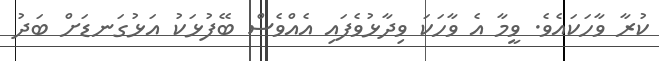
ކުރާ ވާހަކައެވެ. ވީމާ އެ ވާހަކަ ވިދާޅުވެފައި އެއްވެސް ބޭފުޅަކު އަޅުގަނޑަށް ބަދު